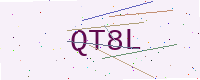
Text: QT8L